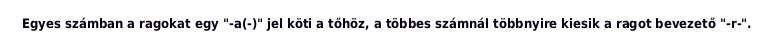
Egyes számban a ragokat egy "-a(-)" jel köti a tőhöz, a többes számnál többnyire kiesik a ragot bevezető "-r-".